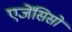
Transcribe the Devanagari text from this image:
एजेंसिसों